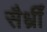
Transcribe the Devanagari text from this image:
सैर्ध्रीं